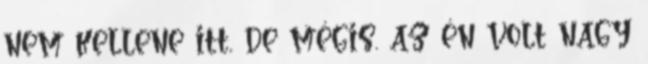
nem kellene itt, de mégis. az én volt nagy